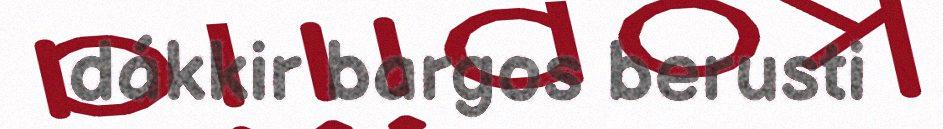
dákkir bargos berusti